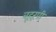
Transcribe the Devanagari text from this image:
बहूरूपी